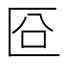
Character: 㔯